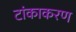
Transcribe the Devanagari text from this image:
टांकाकरण